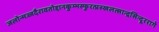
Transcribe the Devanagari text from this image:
जलोन्मज्जदैरावतोद्दानकुम्भस्फुरत्प्रस्खलत्सान्द्रसिन्दूररागे